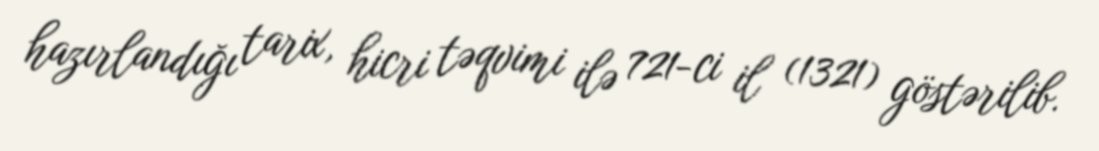
hazırlandığı tarix, hicri təqvimi ilə 721-ci il (1321) göstərilib.